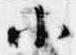
小